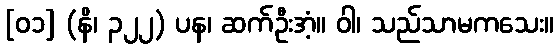
[၀၁] (နိ၊ ၃၂၂) ပန၊ ဆက်ဦးအံ့။ ဝါ၊ သည်သာမကသေး။